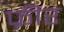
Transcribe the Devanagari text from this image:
फ्रीर